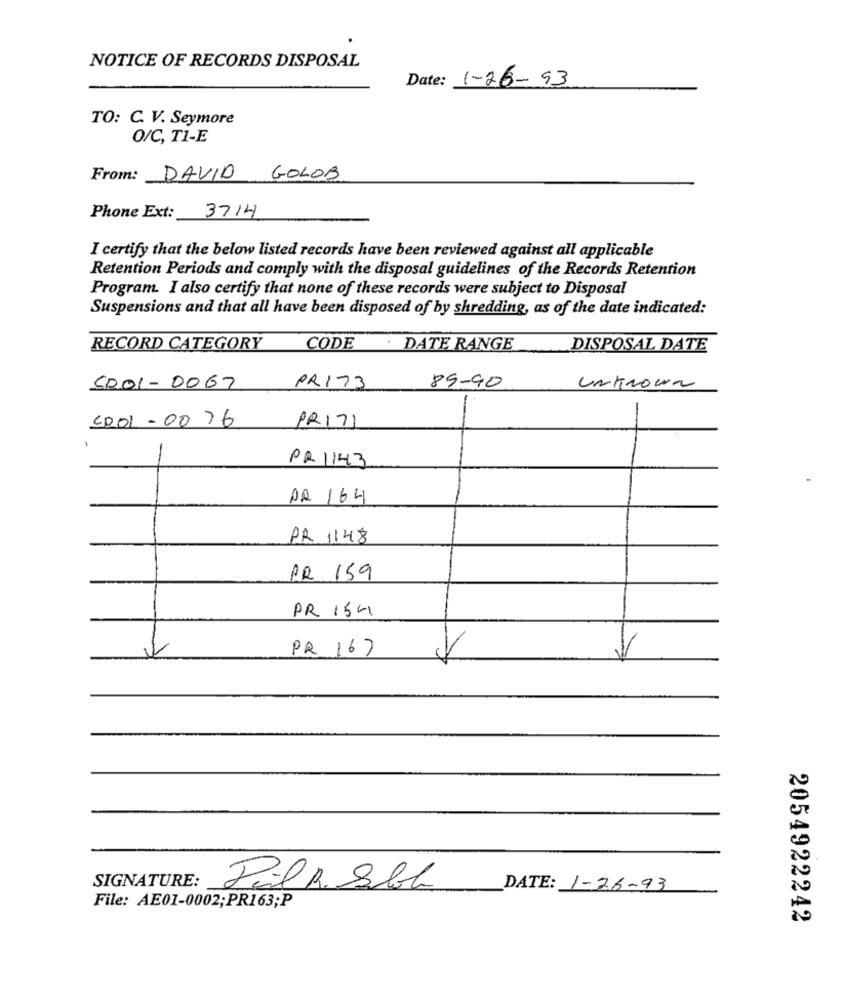
NOTICE OF RECORDS DISPOSAL
Date: 1-26-93
TO: C. V. Seymore
O/C, T1-E
From: DAVID GOLOB
Phone Ext: 3714
I certify that the below listed records have been reviewed against all applicable
Retention Periods and comply with the disposal guidelines of the Records Retention
Program. I also certify that none of these records were subject to Disposal
Suspensions and that all have been disposed of by shredding, as of the date indicated:
RECORD CATEGORY
CODE . DATE RANGE
DISPOSAL DATE
5001 - 0067
PR173
89-90
Unknown
CRO1 - 00 76
PRI7)
-
PR 1143
PQ 164
PR 1148
PR 159
PR 154
PR 167
SIGNATURE:
Pil k Sbb
DATE: 1-26-93
File: AE01-0002;PR163;P
2054922242